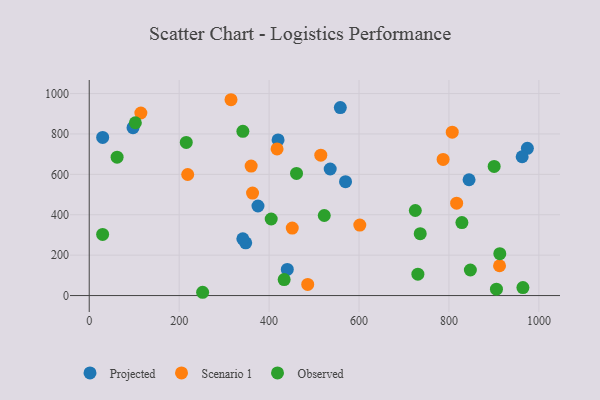
{"axis": {"x": "Investment", "y": "Salary"}, "legend": ["Observed", "Projected", "Scenario 1"], "data": [{"x": "558.4", "y": 930.8, "type": "Projected"}, {"x": "974.4", "y": 728.9, "type": "Projected"}, {"x": "375.3", "y": 443.4, "type": "Projected"}, {"x": "844.7", "y": 573.4, "type": "Projected"}, {"x": "348.0", "y": 260.8, "type": "Projected"}, {"x": "962.8", "y": 687.1, "type": "Projected"}, {"x": "440.5", "y": 129.5, "type": "Projected"}, {"x": "29.9", "y": 783.0, "type": "Projected"}, {"x": "535.9", "y": 626.5, "type": "Projected"}, {"x": "341.6", "y": 280.7, "type": "Projected"}, {"x": "570.0", "y": 563.6, "type": "Projected"}, {"x": "420.0", "y": 770.3, "type": "Projected"}, {"x": "97.4", "y": 831.1, "type": "Projected"}, {"x": "451.5", "y": 334.1, "type": "Scenario 1"}, {"x": "219.0", "y": 599.3, "type": "Scenario 1"}, {"x": "417.7", "y": 725.9, "type": "Scenario 1"}, {"x": "912.5", "y": 147.6, "type": "Scenario 1"}, {"x": "315.3", "y": 969.5, "type": "Scenario 1"}, {"x": "363.2", "y": 507.3, "type": "Scenario 1"}, {"x": "360.1", "y": 641.0, "type": "Scenario 1"}, {"x": "787.0", "y": 673.7, "type": "Scenario 1"}, {"x": "807.3", "y": 808.6, "type": "Scenario 1"}, {"x": "817.1", "y": 457.4, "type": "Scenario 1"}, {"x": "601.7", "y": 348.7, "type": "Scenario 1"}, {"x": "485.9", "y": 55.0, "type": "Scenario 1"}, {"x": "114.8", "y": 903.9, "type": "Scenario 1"}, {"x": "515.0", "y": 695.1, "type": "Scenario 1"}, {"x": "828.8", "y": 361.5, "type": "Observed"}, {"x": "215.8", "y": 758.3, "type": "Observed"}, {"x": "964.5", "y": 39.7, "type": "Observed"}, {"x": "725.2", "y": 421.1, "type": "Observed"}, {"x": "404.7", "y": 379.0, "type": "Observed"}, {"x": "847.6", "y": 126.5, "type": "Observed"}, {"x": "736.1", "y": 306.5, "type": "Observed"}, {"x": "433.5", "y": 79.1, "type": "Observed"}, {"x": "341.7", "y": 813.1, "type": "Observed"}, {"x": "62.0", "y": 685.2, "type": "Observed"}, {"x": "730.9", "y": 105.7, "type": "Observed"}, {"x": "252.2", "y": 16.2, "type": "Observed"}, {"x": "29.8", "y": 302.4, "type": "Observed"}, {"x": "905.6", "y": 31.6, "type": "Observed"}, {"x": "102.6", "y": 855.5, "type": "Observed"}, {"x": "900.5", "y": 639.3, "type": "Observed"}, {"x": "522.7", "y": 396.2, "type": "Observed"}, {"x": "913.1", "y": 207.2, "type": "Observed"}, {"x": "461.0", "y": 604.8, "type": "Observed"}]}